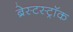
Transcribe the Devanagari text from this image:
ब्रेस्टस्ट्रॉक